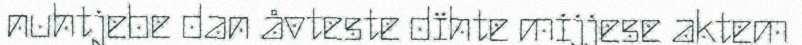
nuhtjebe dan åvteste dïhte mijjese aktem